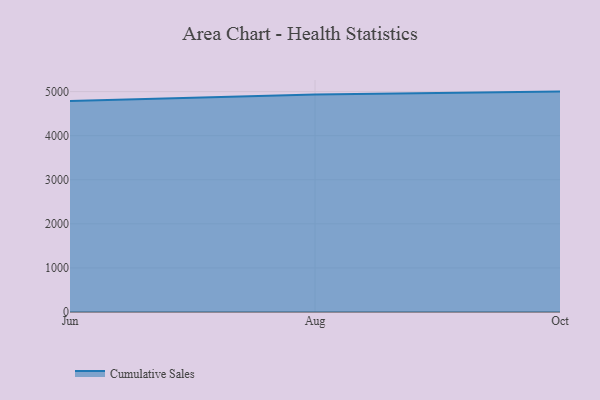
{"axis": {"x": "Month", "y": "Tickets Resolved"}, "legend": ["Cumulative Sales"], "data": [{"x": "Jun", "y": 4785.7, "type": "Cumulative Sales"}, {"x": "Aug", "y": 4934.3, "type": "Cumulative Sales"}, {"x": "Oct", "y": 5000, "type": "Cumulative Sales"}]}